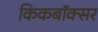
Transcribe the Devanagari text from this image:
किकबॉक्सर